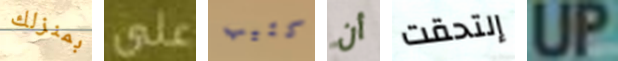
بمنزلك على كئيب أن إلتحقت UP